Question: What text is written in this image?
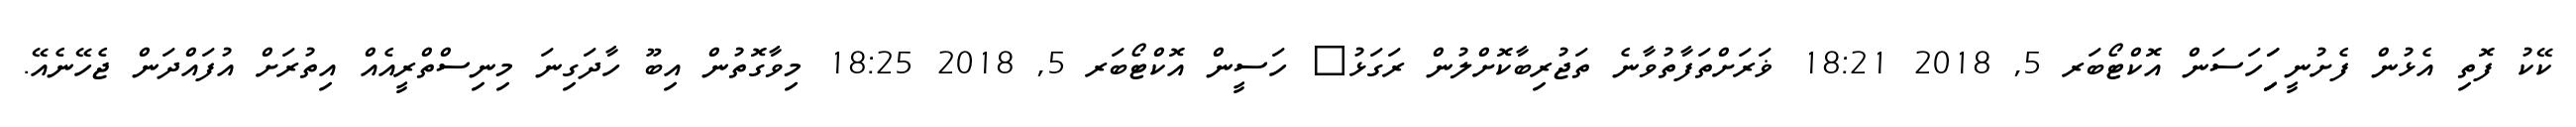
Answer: ކޭކު ފޮތި އެޅުން ފެށުނީ ިިަިަހަސަން އޮކްޓޯބަރ 5, 2018 18:21 ޥަރަށްތަފާތުވާނެ ތަޖުރިބާކޮށްލުން ރަގަޅު? ހަސީން އޮކްޓޯބަރ 5, 2018 18:25 މިވާގޮތުން އިބޫ ހާދަގިނަ މިނިސްތްރީއެއް އިތުރަށް އުފައްދަން ޖެހޭނެއޭ.